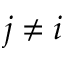
j \neq i